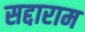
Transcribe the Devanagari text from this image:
सद्दाराम